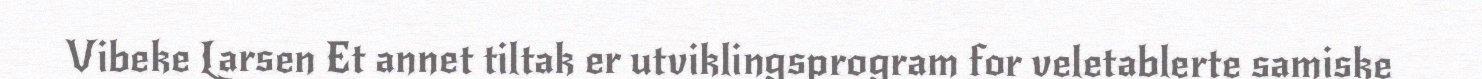
Vibeke Larsen Et annet tiltak er utviklingsprogram for veletablerte samiske